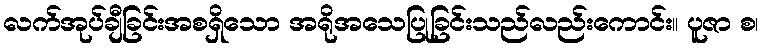
လက်အုပ်ချီခြင်းအစရှိသော အရိုအသေပြုခြင်းသည်လည်းကောင်း။ ပူဇာ စ၊